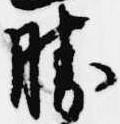
勝